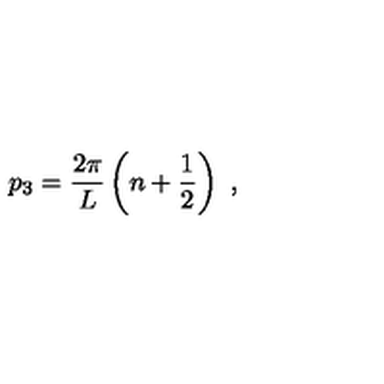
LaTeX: p _ { 3 } = \frac { 2 \pi } { L } \left( n + \frac { 1 } { 2 } \right) \ ,